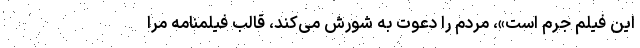
این فیلم جرم است»، مردم را دعوت به شورش می‌کند، قالب فیلمنامه مرا